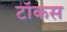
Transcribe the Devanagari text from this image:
टॉकस